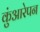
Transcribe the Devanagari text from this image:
कुंआरेपन